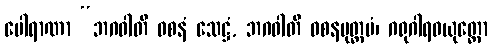
ပေါရာဏာ “ဘဂဝါတိ ဝစနံ သေဋ္ဌံ, ဘဂဝါတိ ဝစနမုတ္တမံ၊ ဂရုဂါရဝယုတ္တော